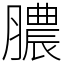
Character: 膿